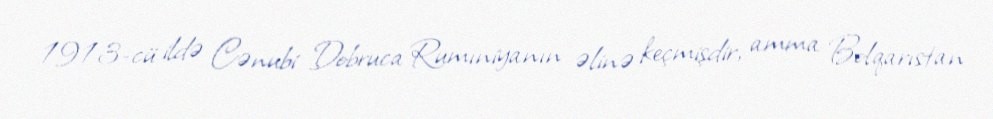
1913-cü ildə Cənubi Dobruca Rumıniyanın əlinə keçmişdir, amma Bolqarıstan